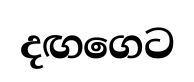
දඟගෙට